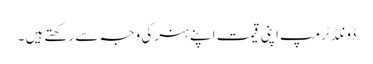
ڈونلڈ ٹرمپ اپنی قیمت اپنے ہنر کی وجہ سے رکھتے ہیں ۔